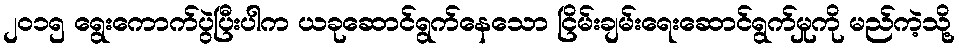
၂၀၁၅ ရွေးကောက်ပွဲပြီးပါက ယခုဆောင်ရွက်နေသော ငြိမ်းချမ်းရေးဆောင်ရွက်မှုကို မည်ကဲ့သို့